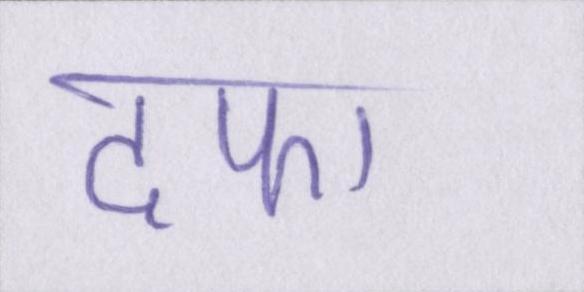
दफा